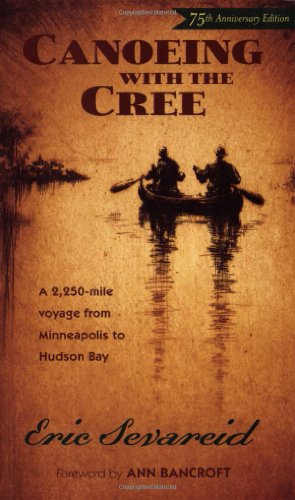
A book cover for Canoeing with the Cree; Eric Severeid; Biographies & Memoirs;